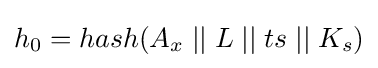
h_{0}=hash(A_{x}\;||\;L\;||\;ts\;||\;K_{s})